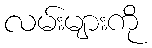
လမ်းများကို